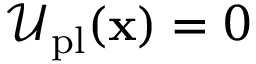
\mathcal { U } _ { \mathrm { p l } } ( \mathbf { x } ) = 0